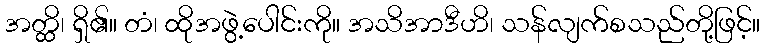
အတ္ထိ၊ ရှိ၏။ တံ၊ ထိုအဖွဲ့ပေါင်းကို။ အသိအာဒီဟိ၊ သန်လျက်စသည်တို့ဖြင့်။